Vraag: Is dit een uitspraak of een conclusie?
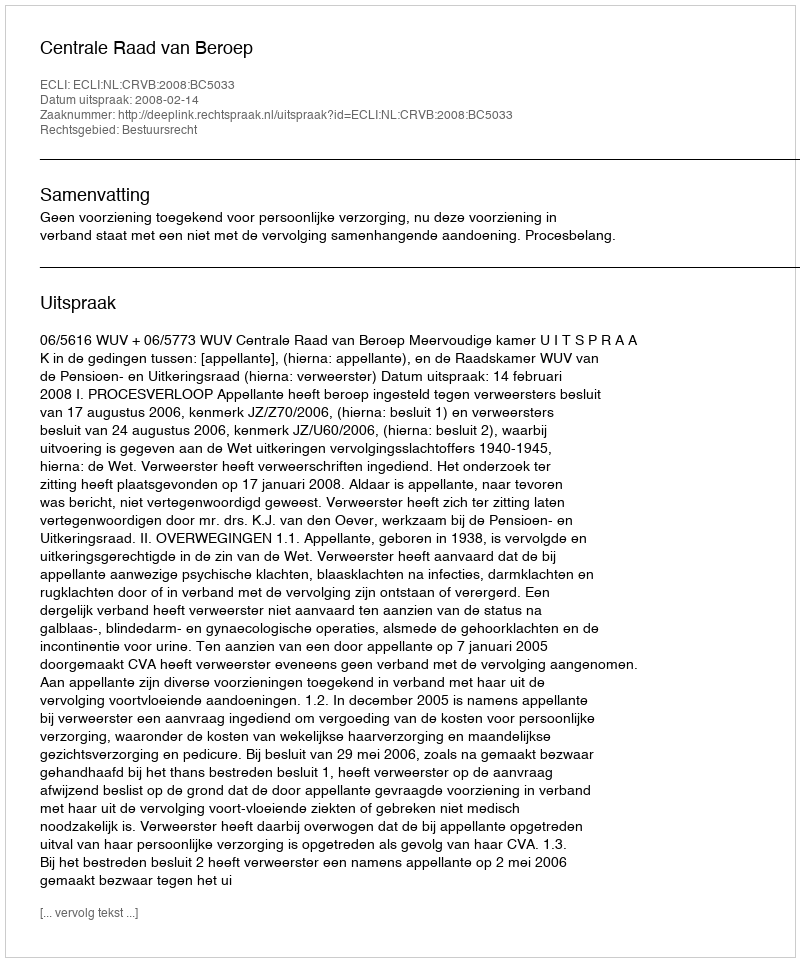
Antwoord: Uitspraak